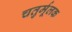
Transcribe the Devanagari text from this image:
चतुर्मूलक